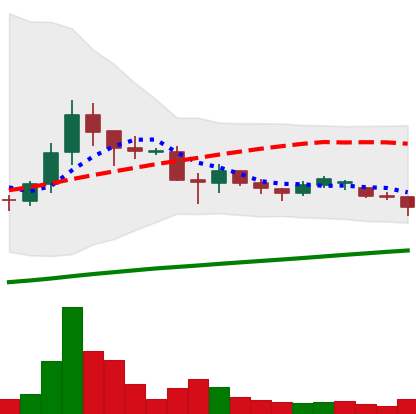
Ticker: DOGE-USD
Chart end date: 2021-06-18
Forward return: -20.887%
Label: down_7plus